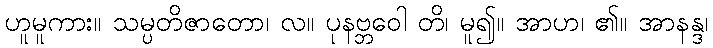
ဟူမူကား။ သမ္ပတိဇာတော၊ လ။ ပုနဗ္ဘဝေါ တိ၊ မူ၍။ အာဟ၊ ၏။ အာနန္ဒ၊